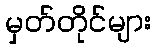
မှတ်တိုင်များ